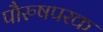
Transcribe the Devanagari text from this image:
पौरुषपरक